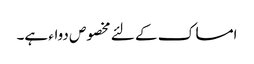
امساک کے لئے مخصوص دواء ہے۔